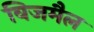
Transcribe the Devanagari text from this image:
विजमैल